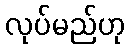
လုပ်မည်ဟု